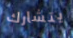
يتشارك